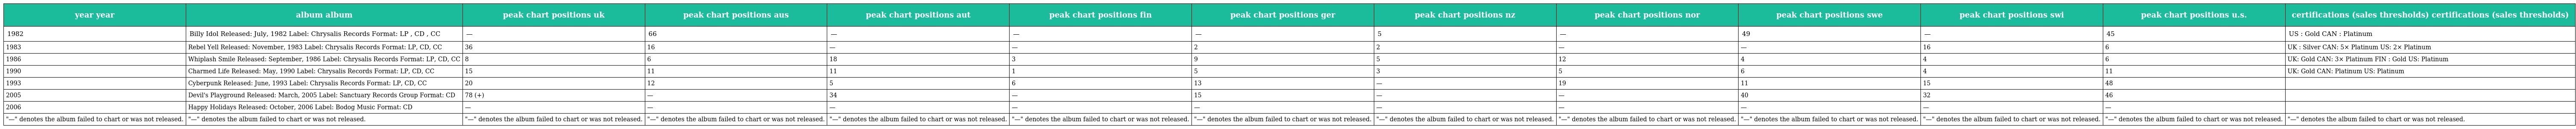
| year year | album album | peak chart positions uk | peak chart positions aus | peak chart positions aut | peak chart positions fin | peak chart positions ger | peak chart positions nz | peak chart positions nor | peak chart positions swe | peak chart positions swi | peak chart positions u.s. | certifications (sales thresholds) certifications (sales thresholds) |
 | --- | --- | --- | --- | --- | --- | --- | --- | --- | --- | --- | --- | --- |
 | 1982 | Billy Idol Released: July, 1982 Label: Chrysalis Records Format: LP , CD , CC | — | 66 | — | — | — | 5 | — | 49 | — | 45 | US : Gold CAN : Platinum |
 | 1983 | Rebel Yell Released: November, 1983 Label: Chrysalis Records Format: LP, CD, CC | 36 | 16 | — | — | 2 | 2 | — | — | 16 | 6 | UK : Silver CAN: 5× Platinum US: 2× Platinum |
 | 1986 | Whiplash Smile Released: September, 1986 Label: Chrysalis Records Format: LP, CD, CC | 8 | 6 | 18 | 3 | 9 | 5 | 12 | 4 | 4 | 6 | UK: Gold CAN: 3× Platinum FIN : Gold US: Platinum |
 | 1990 | Charmed Life Released: May, 1990 Label: Chrysalis Records Format: LP, CD, CC | 15 | 11 | 11 | 1 | 5 | 3 | 5 | 6 | 4 | 11 | UK: Gold CAN: Platinum US: Platinum |
 | 1993 | Cyberpunk Released: June, 1993 Label: Chrysalis Records Format: LP, CD, CC | 20 | 12 | 5 | 6 | 13 | — | 19 | 11 | 15 | 48 |  |
 | 2005 | Devil's Playground Released: March, 2005 Label: Sanctuary Records Group Format: CD | 78 (+) | — | 34 | — | 15 | — | — | 40 | 32 | 46 |  |
 | 2006 | Happy Holidays Released: October, 2006 Label: Bodog Music Format: CD | — | — | — | — | — | — | — | — | — | — |  |
 | "—" denotes the album failed to chart or was not released. | "—" denotes the album failed to chart or was not released. | "—" denotes the album failed to chart or was not released. | "—" denotes the album failed to chart or was not released. | "—" denotes the album failed to chart or was not released. | "—" denotes the album failed to chart or was not released. | "—" denotes the album failed to chart or was not released. | "—" denotes the album failed to chart or was not released. | "—" denotes the album failed to chart or was not released. | "—" denotes the album failed to chart or was not released. | "—" denotes the album failed to chart or was not released. | "—" denotes the album failed to chart or was not released. | "—" denotes the album failed to chart or was not released. |